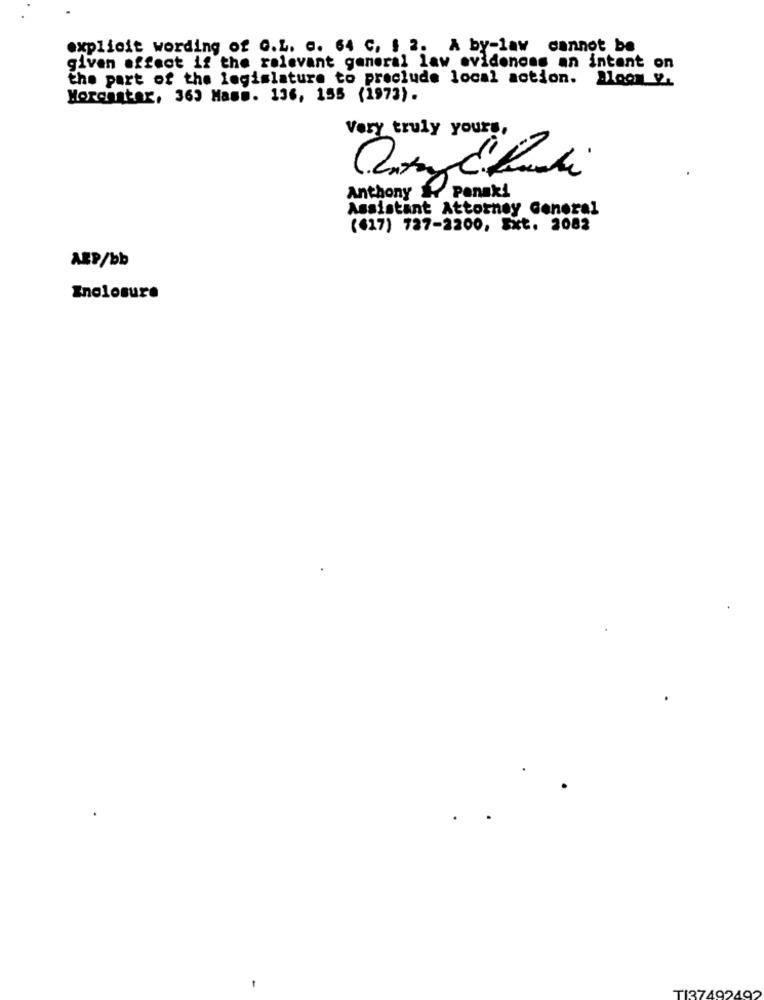
explicit wording of G.L. c. 64 C, $ 2. A by-law cannot be
given affect if the relevant general law evidences an intent on
the part of the legislature to preclude local action. Bloom y.
Morcantar, 363 Hamm. 136, 155 (1973).
Very truly yours,
Anthony & Panak!
Assistant Attorney General
(617) 727-2200, Ext. 2082
AED/bb
Enclosure
-
TI37492492